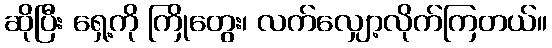
ဆိုပြီး ရှေ့ကို ကြိုတွေး၊ လက်လျှော့လိုက်ကြတယ်။